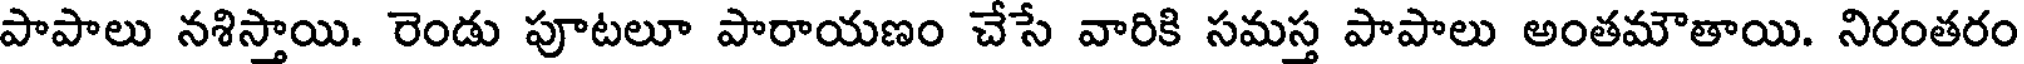
పాపాలు నశిస్తాయి. రెండు పూటలూ పారాయణం చేసే వారికి సమస్త పాపాలు అంతమౌతాయి. నిరంతరం